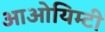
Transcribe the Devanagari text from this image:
आओयिम्टी